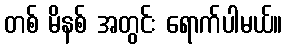
တစ် မိနစ် အတွင်း ရောက်ပါမယ်။